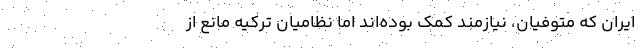
ايران كه متوفيان، نيازمند كمك بوده‌اند اما نظاميان تركيه مانع از